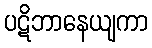
ပဋိဘာနေယျကာ